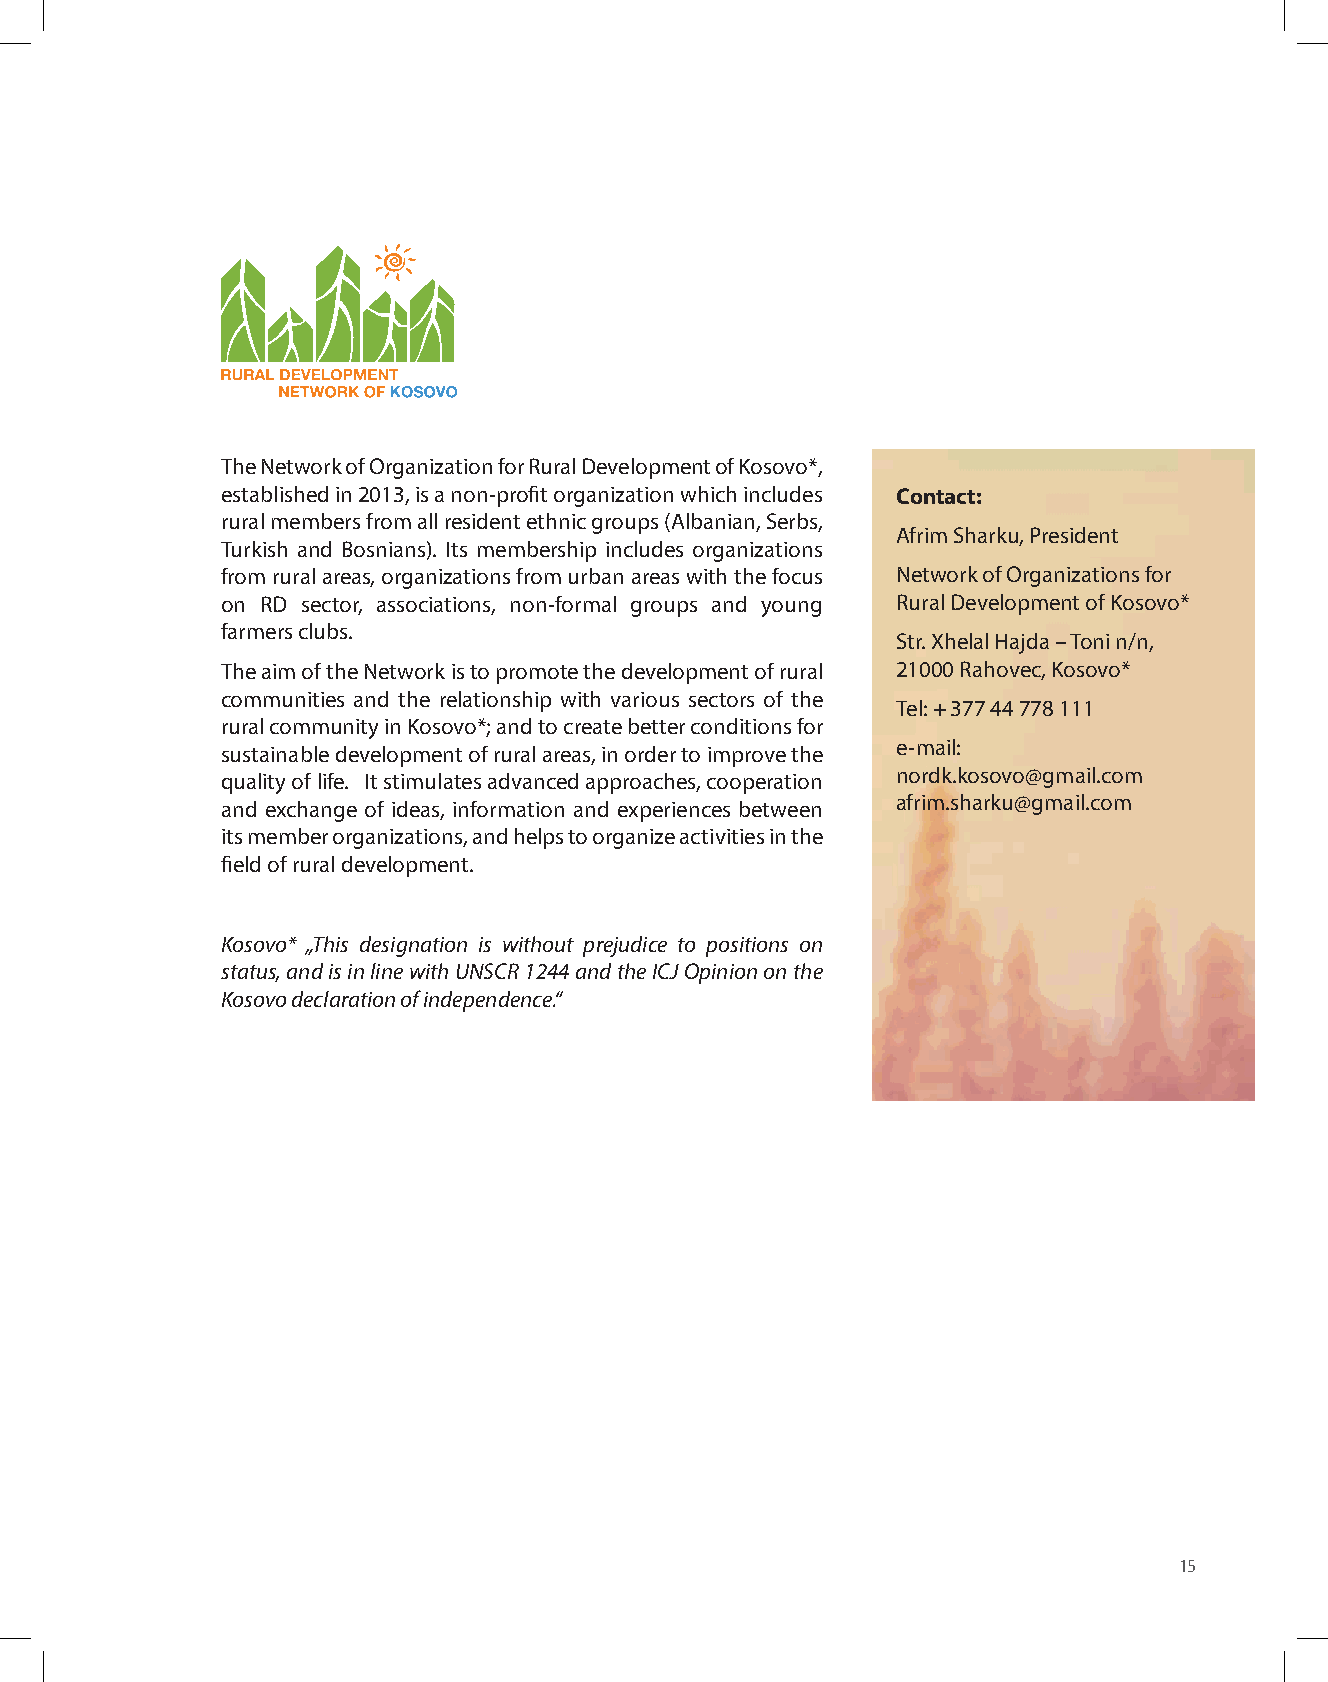
The Network of Organization for Rural Development of Kosovo*,
 established in 2013, is a non-profit organization which includes Contact:
 rural members from all resident ethnic groups (Albanian, Serbs,
 Afrim Sharku, President
 Turkish and Bosnians). Its membership includes organizations
 from rural areas, organizations from urban areas with the focus Network of Organizations for
 on RD sector, associations, non-formal groups and young Rural Development of Kosovo*
 farmers clubs.
 Str. Xhelal Hajda – Toni n/n,
 The aim of the Network is to promote the development of rural 21000 Rahovec, Kosovo*
 communities and the relationship with various sectors of the
 Tel: + 377 44 778 111
 rural community in Kosovo*; and to create better conditions for
 e-mail:
 sustainable development of rural areas, in order to improve the
 nordk.kosovo@gmail.com
 quality of life. It stimulates advanced approaches, cooperation
 afrim.sharku@gmail.com
 and exchange of ideas, information and experiences between
 its member organizations, and helps to organize activities in the
 field of rural development.
 Kosovo* „This designation is without prejudice to positions on
 status, and is in line with UNSCR 1244 and the ICJ Opinion on the
 Kosovo declaration of independence.“
 15